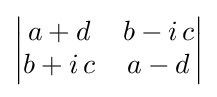
{\begin{vmatrix}a+d&b-i\,c\\b+i\,c&a-d\end{vmatrix}}